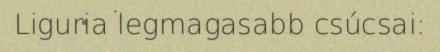
Liguria legmagasabb csúcsai: